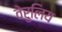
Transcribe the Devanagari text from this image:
वेरुलिय